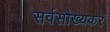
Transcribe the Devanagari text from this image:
सर्वसौख्यकरं